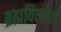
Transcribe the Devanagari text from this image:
ब्रह्मविलास